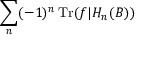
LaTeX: \displaystyle \sum _ { n } ( - 1 ) ^ { n } \operatorname { T r } ( f | H _ { n } ( B ) )